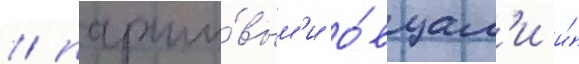
/ парши́вым'и о́вцам'и и́